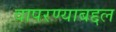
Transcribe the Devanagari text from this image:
वापरण्याबद्दल